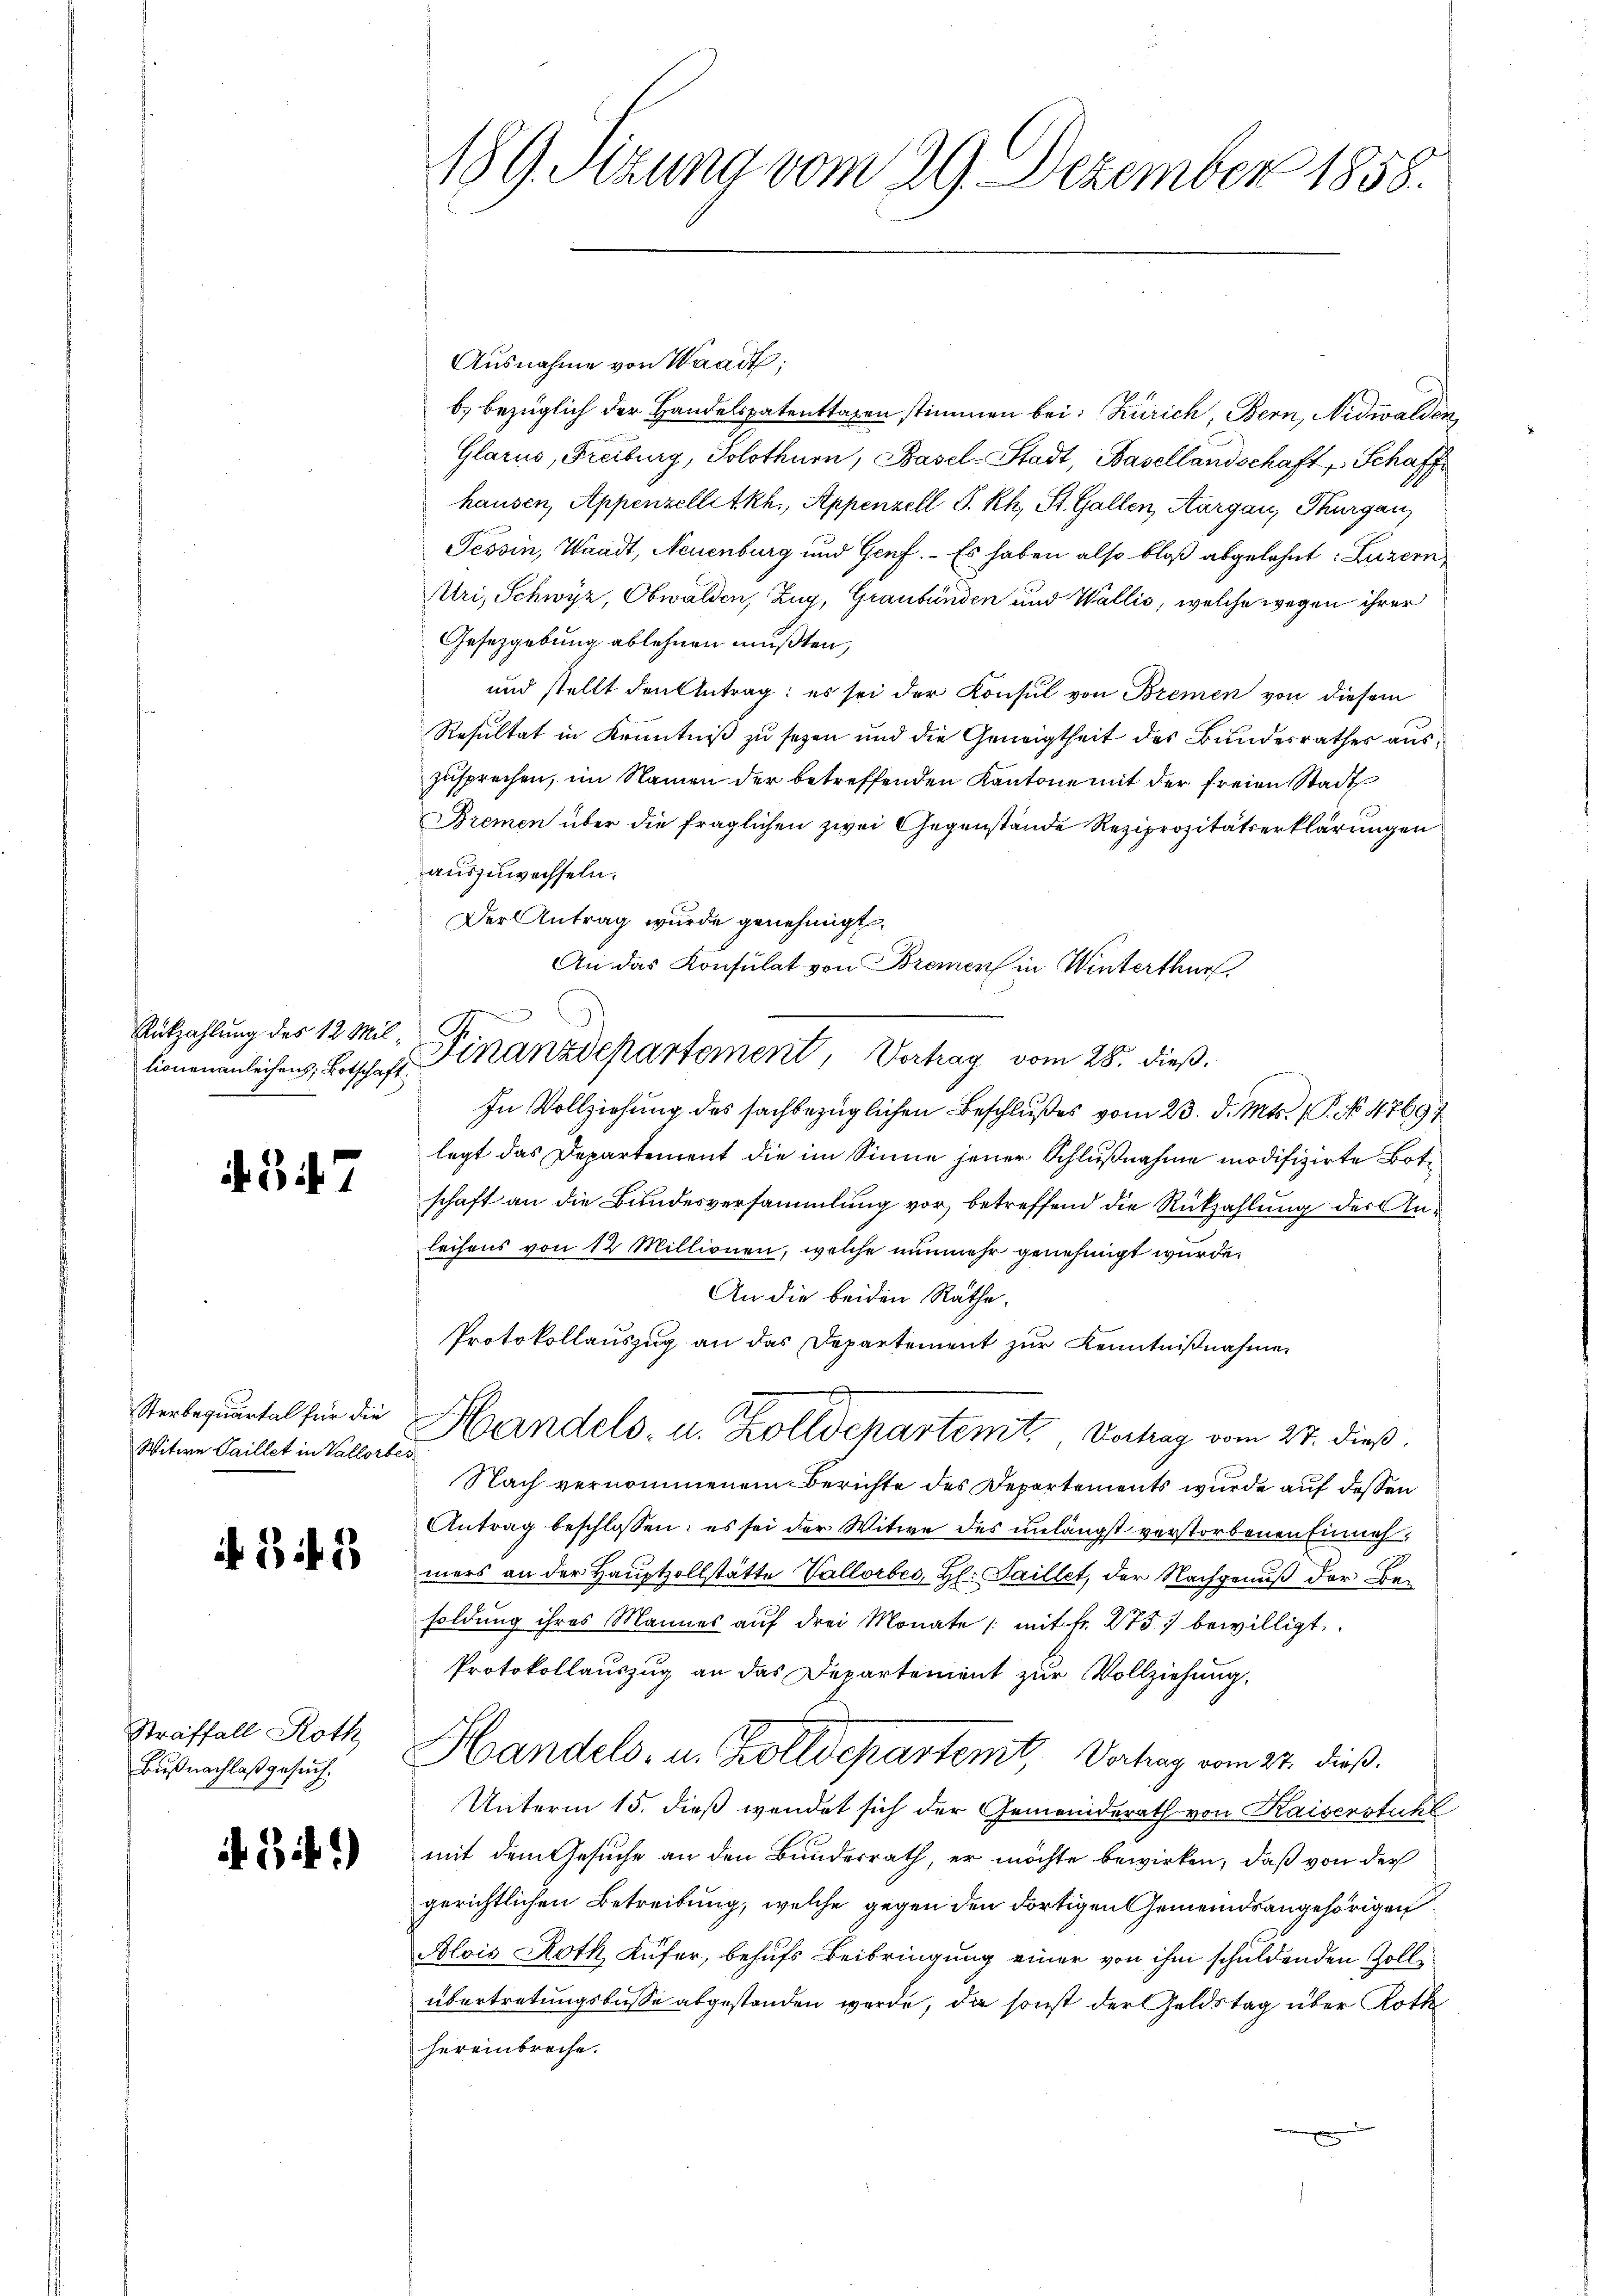
Rükzahlung des 12 Mil¬

. 37

Sterbequartal für die
Witwe Saillet in Vallorbes.

i 31. 33

Straffall Roth
Bußnachlaß gesuch

i3if.)

189. Sitzung vom 29. Dezember 1858.

G.
lionenanleichens, Botschaft Finanzdepartement, Vorhag vom 28. dieß.

Ausnahme von Waadt;
b. bezüglich der Handelspatentragen stimmen bei: Zürich, Bern, Nidwalden,
Glarus, Freiburg, Solothurn, Basel-Stadt, Basellandschaft, Schaff
hausen, Appenzellitkh., Appenzell S. Rh., St. Gallen, Aargau, Thurgau,
Tessin, Waadt, Neuenburg und Genf. - Es haben also bloß abgelehnt: Luzern
Atri, Schwyz, Obwalden, Zug, Graubünden und Wallis, welche wegen ihrer
Gesetzgebung ablehnen mußten,
und stellt den Antrag: es sei der Konsul von Bremen von diesem
Resultat in Kenntniß zu sezen und die Geneigtheit des Bundesrathes auszusprochen, im Namen der betreffenden Kantone mit der freien Stadt
Bremen über die fraglichen zwei Gegenstände Reziprozitätserklärungen
auszuwechseln.
Der Antrag wurde genehmigt.
An das Konsulat von Bremens in Winterthur
In Vollziehung des sachbezüglichen Beschlußes vom 23. d. Mts. (T. No 47691
legt das Departement die im Sinne jener Schlußnahme modifizirte Bote
schaft an die Bundesversammlung vor, betreffend die Rückzahlung des Anleihens von 12 Millionen, welche nunmehr genehmigt wurde.
An die beiden Räthe.
Protokollauszug an das Departement zur Kenntnißnahme
.
Handels- u. Zolldepartemt, Vortrag vom 27. dieß.
Nach vernommenem Berichte des Departements wurde auf dessen
Antrag beschlossen; es sei der Witwe des unlängst verstorbenen Einnahmers an der Hauptzollstätte Vallorbes Hl. Saillet, der Nachgenuß der Be-
soldung ihres Mannes auf drei Monate /: mit fr. 275 bewilligt.
Protokollauszug an das Departement zur Vollziehung,
Handels- u. Zolldepartemt, Vorhang vom 27. dieß.
Unterm 15. dieß wendet sich der Gemeinderath von Kaiserstuhl
mit dem Gesuche an den Bundesrath, er möchte bewirken, daß von der
gerichtlichen Betreibung, welche gegen den dortigen Gemeindsangehörigen
Blois Roth, Küfer, behufs Beibringung einer von ihm schuldenden Zollübertretungsbusse abgestanden werde, da sonst der Geldstag über Roth
hereinbreche.